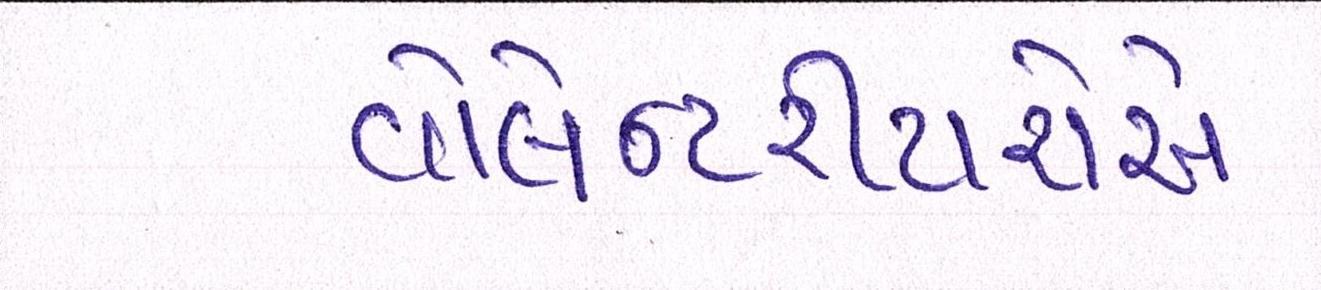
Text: વોલેન્ટરીયરોએ